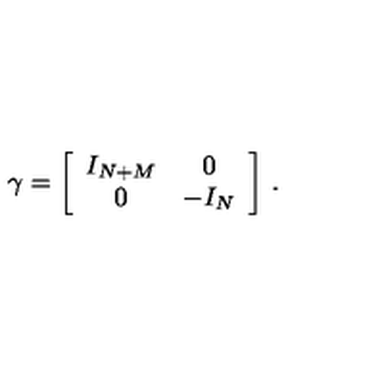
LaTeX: \gamma = \biggl [ \begin{array} { c c } { I _ { N + M } } & { 0 } \\ { 0 } & { - I _ { N } } \\ \end{array} \biggr ] \ .